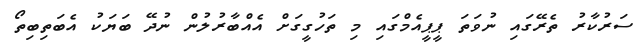
ސަރުކާރު ތެރޭގައި ނުވަތަ ޕީޕީއެމްގައި މި ތަހުގީގަށް އެއްބާރުލުން ނުދޭ ބަޔަކު އެބަތިބިތޯ